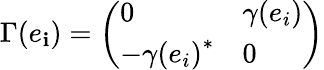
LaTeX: \Gamma(e_{\mathbf{i}})=\left(\begin{array}{ll}{{0}}&{{\gamma(e_{i})}}\\ {{-{\gamma(e_{i})}^{*}}}&{{0}}\end{array}\right)